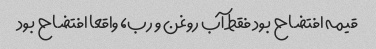
قیمه افتضاح بود فقط آب روغن و رب، واقعا افتضاح بود